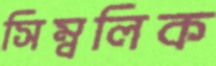
সিম্বলিক